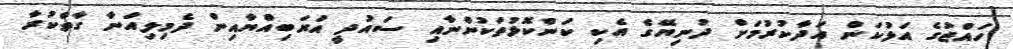
ހައްޖުގެ އަޅުކަން އަދާކުރުމަށް ދުނިޔޭގެ އެކި ކަންކޮޅުތަކުންނާއި ސައުދީ އަރަބިއްޔާއިން ދެމިލިއަނާ ގާތްކުރާ